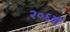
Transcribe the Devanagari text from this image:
२०६वॉ